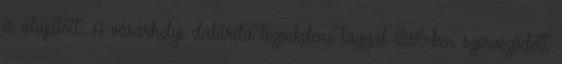
is alapított. A vásárhelyi dalárda tizenkilenc taggal 1865-ben szerveződött